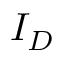
I _ { D }